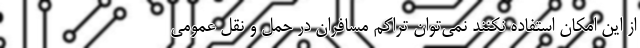
از این امکان استفاده نکنند نمی‌توان تراکم مسافران در حمل و نقل عمومی